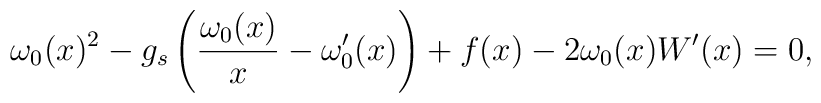
\omega_0(x)^2-g_s\left(\frac{\omega_0(x)}{x}-\omega_0'(x)\right)+f(x)-2\omega_0(x)W'(x) =0,